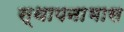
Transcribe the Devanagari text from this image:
स्थापनाभास